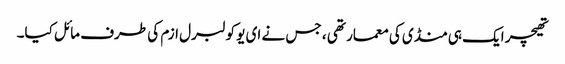
تھیچر ایک ہی منڈی کی معمار تھی ، جس نے ای یو کو لبرل ازم کی طرف مائل کیا۔